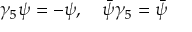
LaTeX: \gamma _ { 5 } \psi = - \psi , \quad \bar { \psi } \gamma _ { 5 } = \bar { \psi }